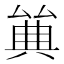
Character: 𠔩